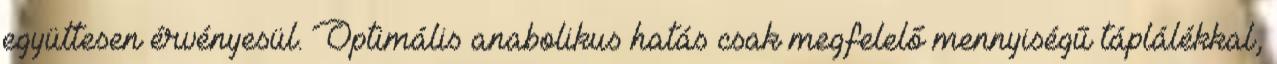
együttesen érvényesül. Optimális anabolikus hatás csak megfelelő mennyiségű táplálékkal,